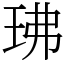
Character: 𤤖